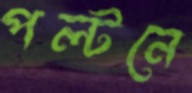
পল্টনে